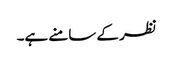
نظر کے سامنے ہے۔